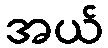
အယ်